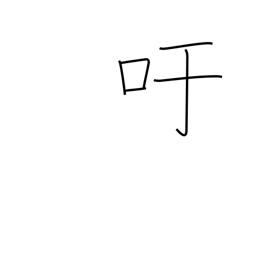
Meaning: exclamation